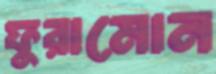
ফুরামোন